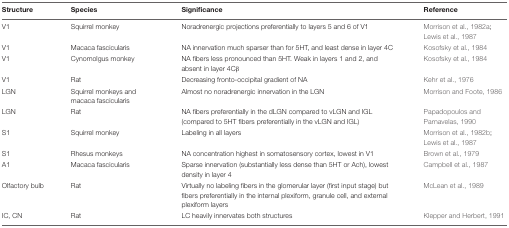
<table><thead><tr><td><b>Structure</b></td><td><b>Species</b></td><td><b>Significance</b></td><td><b>Reference</b></td></tr></thead><tbody><tr><td>V1</td><td>Squirrel monkey</td><td>Noradrenergic projections preferentially to layers 5 and 6 of V1</td><td>Morrison et al., 1982a; Lewis et al., 1987</td></tr><tr><td>V1</td><td>Macaca fascicularis</td><td>NA innervation much sparser than for 5HT, and least dense in layer 4C</td><td>Kosofsky et al., 1984</td></tr><tr><td>V1</td><td>Cynomolgus monkey</td><td>NA fibers less pronounced than 5HT. Weak in layers 1 and 2, and absent in layer 4Cβ</td><td>Kosofsky et al., 1984</td></tr><tr><td>V1</td><td>Rat</td><td>Decreasing fronto-occipital gradient of NA</td><td>Kehr et al., 1976</td></tr><tr><td>LGN</td><td>Squirrel monkeys and macaca fascicularis</td><td>Almost no noradrenergic innervation in the LGN</td><td>Morrison and Foote, 1986</td></tr><tr><td>LGN</td><td>Rat</td><td>NA fibers preferentially in the dLGN compared to vLGN and IGL (compared to 5HT fibers preferentially in the vLGN and IGL)</td><td>Papadopoulos and Parnavelas, 1990</td></tr><tr><td>S1</td><td>Squirrel monkey</td><td>Labeling in all layers</td><td>Morrison et al., 1982b; Lewis et al., 1987</td></tr><tr><td>S1</td><td>Rhesus monkeys</td><td>NA concentration highest in somatosensory cortex, lowest in V1</td><td>Brown et al., 1979</td></tr><tr><td>A1</td><td>Macaca fascicularis</td><td>Sparse innervation (substantially less dense than 5HT or Ach), lowest density in layer 4</td><td>Campbell et al., 1987</td></tr><tr><td>Olfactory bulb</td><td>Rat</td><td>Virtually no labeling fibers in the glomerular layer (first input stage) but fibers preferentially in the internal plexiform, granule cell, and external plexiform layers</td><td>McLean et al., 1989</td></tr><tr><td>IC, CN</td><td>Rat</td><td>LC heavily innervates both structures</td><td>Klepper and Herbert, 1991</td></tr></tbody></table>